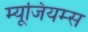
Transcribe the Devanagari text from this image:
म्यूजियम्स